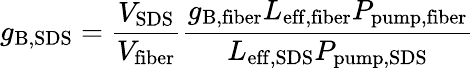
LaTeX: g_{\mathrm{{B},\mathrm{{SDS}}}}=\frac{V_{\mathrm{{SDS}}}}{V_{\mathrm{{fiber}}}}\frac{g_{\mathrm{{B},\mathrm{{fiber}}}}L_{\mathrm{{eff,fiber}}}P_{\mathrm{{pump,fiber}}}}{L_{\mathrm{{eff,SDS}}}P_{\mathrm{{pump,SDS}}}}